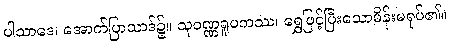
ပါသာဒေ၊ အောက်ပြာသာဒ်၌။ သုဝဏ္ဏရူပကဿ၊ ရွှေဖြင့်ပြီးသောမိန်းမရုပ်၏။